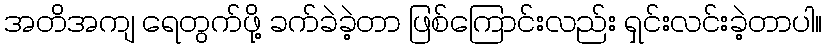
အတိအကျ ရေတွက်ဖို့ ခက်ခဲခဲ့တာ ဖြစ်ကြောင်းလည်း ရှင်းလင်းခဲ့တာပါ။